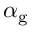
\alpha _ { \mathrm { g } }